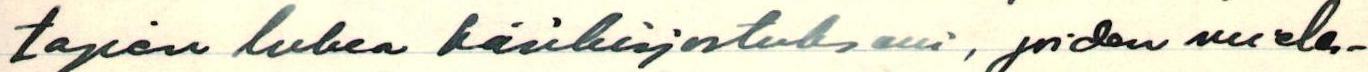
tajien lukea käsikirjoitukseni, joiden mieles-